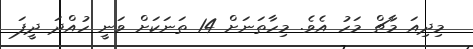
މިދިއަ މާޗް މަހު އެވެ. މިހާތަނަށް 14 ތަނަކަށް ވަނީ ހުއްދަ ދީފަ